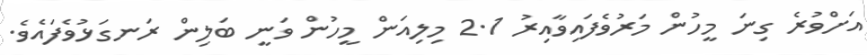
އަށްވުރެ ގިނަ މީހުން މަރުވެފައިވާއިރު 2.1 މިލިއަން މީހުން ވަނީ ބަލިން ރަނގަޅުވެފައެވެ.